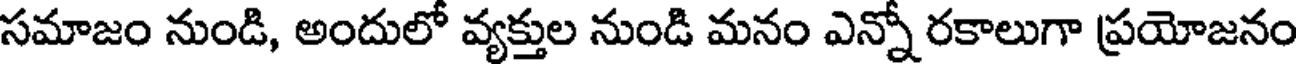
సమాజం నుండి, అందులో వ్యక్తుల నుండి మనం ఎన్నో రకాలుగా ప్రయోజనం